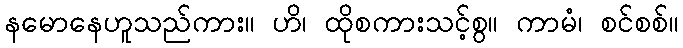
နမောနေဟူသည်ကား။ ဟိ၊ ထိုစကားသင့်စွ။ ကာမံ၊ စင်စစ်။